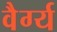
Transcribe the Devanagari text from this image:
वैर्ग्य